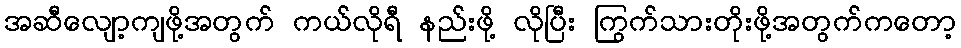
အဆီလျော့ကျဖို့အတွက် ကယ်လိုရီ နည်းဖို့ လိုပြီး ကြွက်သားတိုးဖို့အတွက်ကတော့